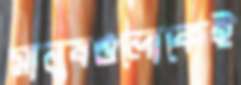
মানুষগুলোকেই